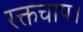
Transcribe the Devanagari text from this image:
रक्तचाप।